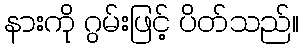
နားကို ဂွမ်းဖြင့် ပိတ်သည်။